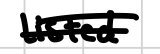
Text: listed
Cross-out: double-line
Writing tool: digital_black